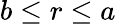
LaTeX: b\le r\le a